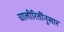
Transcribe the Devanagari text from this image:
चालीरितींनुसार